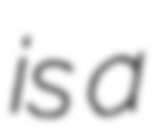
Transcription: is a